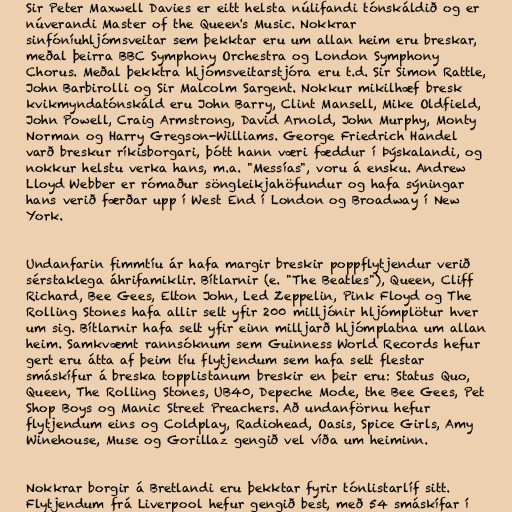
Sir Peter Maxwell Davies er eitt helsta núlifandi tónskáldið og er
núverandi Master of the Queen's Music. Nokkrar
sinfóníuhljómsveitar sem þekktar eru um allan heim eru breskar,
meðal þeirra BBC Symphony Orchestra og London Symphony
Chorus. Meðal þekktra hljómsveitarstjóra eru t.d. Sir Simon Rattle,
John Barbirolli og Sir Malcolm Sargent. Nokkur mikilhæf bresk
kvikmyndatónskáld eru John Barry, Clint Mansell, Mike Oldfield,
John Powell, Craig Armstrong, David Arnold, John Murphy, Monty
Norman og Harry Gregson-Williams. George Friedrich Handel
varð breskur ríkisborgari, þótt hann væri fæddur í Þýskalandi, og
nokkur helstu verka hans, m.a. "Messías", voru á ensku. Andrew
Lloyd Webber er rómaður söngleikjahöfundur og hafa sýningar
hans verið færðar upp í West End í London og Broadway í New
York.

Undanfarin fimmtíu ár hafa margir breskir poppflytjendur verið
sérstaklega áhrifamiklir. Bítlarnir (e. "The Beatles"), Queen, Cliff
Richard, Bee Gees, Elton John, Led Zeppelin, Pink Floyd og The
Rolling Stones hafa allir selt yfir 200 milljónir hljómplötur hver
um sig. Bítlarnir hafa selt yfir einn milljarð hljómplatna um allan
heim. Samkvæmt rannsóknum sem Guinness World Records hefur
gert eru átta af þeim tíu flytjendum sem hafa selt flestar
smáskífur á breska topplistanum breskir en þeir eru: Status Quo,
Queen, The Rolling Stones, UB40, Depeche Mode, the Bee Gees, Pet
Shop Boys og Manic Street Preachers. Að undanförnu hefur
flytjendum eins og Coldplay, Radiohead, Oasis, Spice Girls, Amy
Winehouse, Muse og Gorillaz gengið vel víða um heiminn.

Nokkrar borgir á Bretlandi eru þekktar fyrir tónlistarlíf sitt.
Flytjendum frá Liverpool hefur gengið best, með 54 smáskífar í